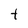
Character: t